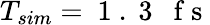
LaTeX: T_{sim}=\mathrm{~1~.~3~~~f~s~}